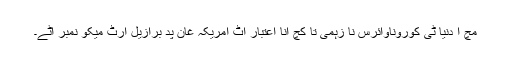
مچ آ دنیا ٹی کوروناوائرس نا زہمی تا کچ انا اعتبار اٹ امریکہ غان پد برازیل ارٹ میکو نمبر آٹے۔